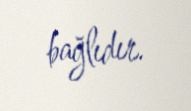
bağlıdır.